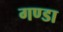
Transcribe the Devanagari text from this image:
गण्डा